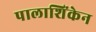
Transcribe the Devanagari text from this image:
पालाशिंकेन